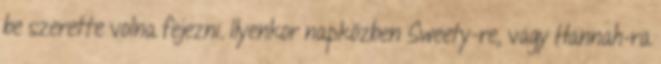
be szerette volna fejezni. Ilyenkor napközben Sweety-re, vagy Hannah-ra